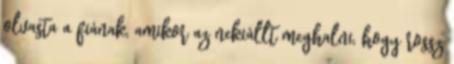
olvasta a fiának, amikor az nekiállt meghalni, hogy rossz